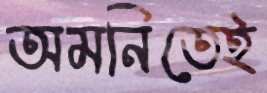
অমনিতেই